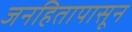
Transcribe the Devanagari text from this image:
जनहितापासून